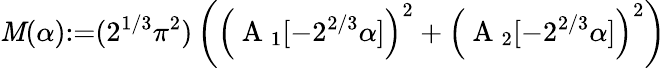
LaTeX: \mathit{M}(\alpha){:=}(2^{1/3}\pi^{2})\left(\left(\mathrm{{~A~}}_{1}[{-}2^{2/3}\alpha]\right)^{2}+\left(\mathrm{{~A~}}_{2}[{-}2^{2/3}\alpha]\right)^{2}\right)